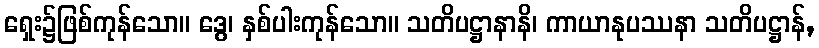
ရှေး၌ဖြစ်ကုန်သော။ ဒွေ၊ နှစ်ပါးကုန်သော။ သတိပဋ္ဌာနာနိ၊ ကာယာနုပဿနာ သတိပဋ္ဌာန်,